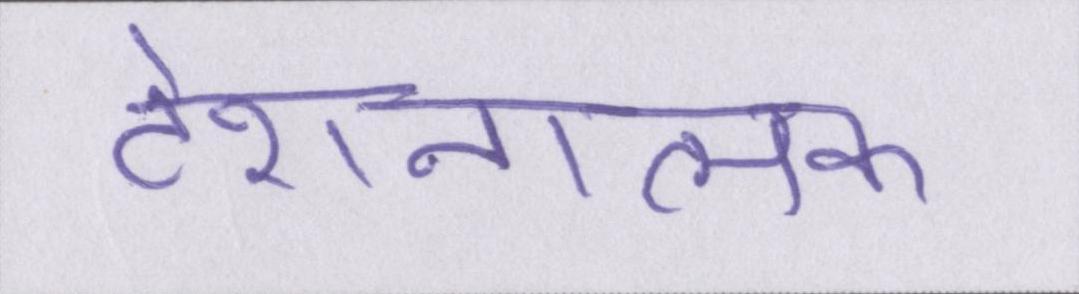
टेंशनात्मक